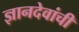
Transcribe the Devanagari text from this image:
ज्ञानदेवांची